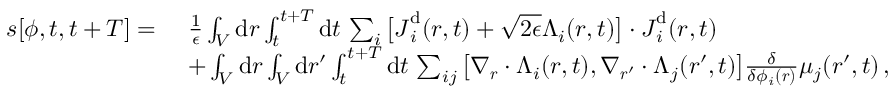
\begin{array} { r l } { s [ { \phi } , t , t + T ] = ~ } & { \frac { 1 } { \epsilon } \int _ { V } \mathrm { d } \boldsymbol { r } \int _ { t } ^ { t + T } \mathrm { d } t \, \sum _ { i } \big [ { \boldsymbol { J } } _ { i } ^ { \mathrm { d } } ( \boldsymbol { r } , t ) + \sqrt { 2 \epsilon } { \boldsymbol { \Lambda } } _ { i } ( \boldsymbol { r } , t ) \big ] \cdot { \boldsymbol { J } } _ { i } ^ { \mathrm { d } } ( \boldsymbol { r } , t ) } \\ & { + \int _ { V } \mathrm { d } \boldsymbol { r } \int _ { V } \mathrm { d } \boldsymbol { r } ^ { \prime } \int _ { t } ^ { t + T } \mathrm { d } t \, \sum _ { i j } \big [ \nabla _ { \boldsymbol { r } } \cdot { \boldsymbol { \Lambda } } _ { i } ( { \boldsymbol { r } } , t ) , \nabla _ { { \boldsymbol { r } } ^ { \prime } } \cdot { \boldsymbol { \Lambda } } _ { j } ( { \boldsymbol { r } } ^ { \prime } , t ) \big ] \frac { \delta } { \delta \phi _ { i } ( { \boldsymbol { r } } ) } \mu _ { j } ( { \boldsymbol { r } } ^ { \prime } , t ) \, , } \end{array}